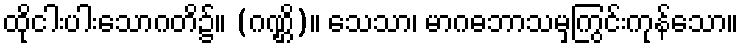
ထိုငါးပါးသောဂတိ၌။ (ဂဏ္ဌိ)။ သေသာ၊ မာဂဓဘာသမှကြွင်းကုန်သော။